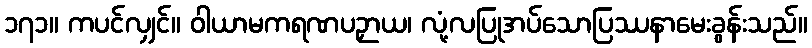
၁၇၁။ ကပင်လျှင်။ ဝါယာမကရဏပဉှာယ၊ လုံ့လပြုအပ်သောပြဿနာမေးခွန်းသည်။